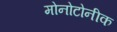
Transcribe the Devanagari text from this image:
मोनोटोनीक